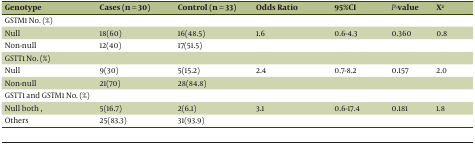
| Genotype | Cases (n = 30) | Control (n = 33) | Odds Ratio | 95%CI | P-value | X2 |
 | --- | --- | --- | --- | --- | --- | --- |
 | GSTM1 No. (%) |  |  |  |  |  |  |
 | Null | 18(60) | 16(48.5) | 1.6 | 0.6-4.3 | 0.360 | 0.8 |
 | Non-null | 12(40) | 17(51.5) |  |  |  |  |
 | GSTT1 No. (%) |  |  |  |  |  |  |
 | Null | 9(30) | 5(15.2) | 2.4 | 0.7-8.2 | 0.157 | 2.0 |
 | Non-null | 21(70) | 28(84.8) |  |  |  |  |
 | GSTT1 and GSTM1 No. (%) |  |  |  |  |  |  |
 | Null both , | 5(16.7) | 2(6.1) | 3.1 | 0.6-17.4 | 0.181 | 1.8 |
 | Others | 25(83.3) | 31(93.9) |  |  |  |  |